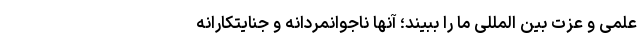
علمی و عزت بین المللی ما را ببیند؛ آنها ناجوانمردانه و جنایتکارانه